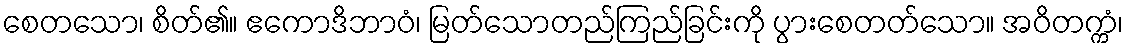
စေတသော၊ စိတ်၏။ ဧကောဒိဘာဝံ၊ မြတ်သောတည်ကြည်ခြင်းကို ပွားစေတတ်သော။ အဝိတက္ကံ၊